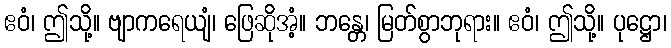
ဧဝံ၊ ဤသို့။ ဗျာကရေယျံ၊ ဖြေဆိုအံ့။ ဘန္တေ၊ မြတ်စွာဘုရား။ ဧဝံ၊ ဤသို့။ ပုဋ္ဌော၊